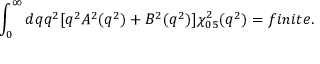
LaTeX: \int _ { 0 } ^ { \infty } d q q ^ { 2 } \lbrack q ^ { 2 } A ^ { 2 } ( q ^ { 2 } ) + B ^ { 2 } ( q ^ { 2 } ) \rbrack \chi _ { 0 5 } ^ { 2 } ( q ^ { 2 } ) = f i n i t e .